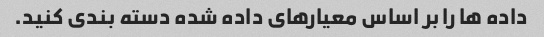
داده ها را بر اساس معیارهای داده شده دسته بندی کنید.